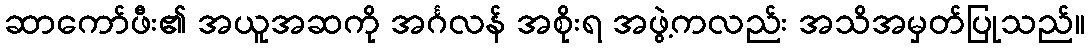
ဆာကော်ဖီး၏ အယူအဆကို အင်္ဂလန် အစိုးရ အဖွဲ့ကလည်း အသိအမှတ်ပြုသည်။